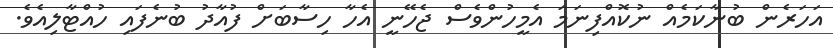
އަހަރެން ބުނާކަމެއް ނުކޮއްފިނަމަ އެމީހުންވެސް ޖެހޭނީ އެހާ ހިސާބަށް ފުއާދު ބުނެފައި ހުއްޓާލިއެވެ.